Leprosy in India: report of the Leprosy Commission in India, 1890-91
Year: 1890
Disease focus: Leprosy
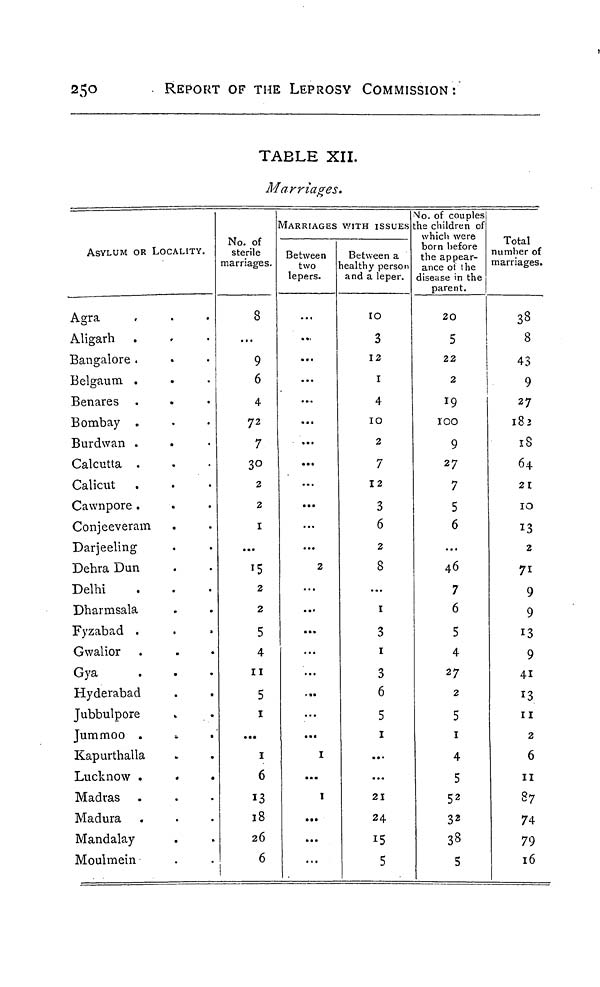
250
REPORT OF THE LEPROSY COMMISSION :
TABLE XII.
Marriages.
ASYLUM OR LOCALITY.
Agra
Aligarh
Bangalore .
Belgaum .
Benares
Bombay .
Burdwan .
Calcutta .
Calicut
Cawnpore .
Conjeeveram
Darjeeling
Dehra Dun
Delhi
Dharmsala
Fyzabad .
Gwalior
Gya
Hyderabad
Jubbulpore
Jummoo .
.
.
Kapurthalla
Lucknow .
Madras .
Madura
Mandalay
Moulmein
No. of
sterile
marriages.
8
...
9
6
4
72
7
30
2
2
1
...
2
2
5
4
11
5
1
...
1
6
13
18
26
6
MARRIAGES WITH ISSUES
Between
two
lepers.
...
..,
...
...
...
...
...
...
...
...
...
...
2
...
...
...
...
...
...
...
1
...
1
...
...
...
Between a
healthy person
and a leper.
10
3
12
1
4
10
2
7
12
3
6
2
8
...
1
3
1
3
6
5
1
...
...
21
24
15
5
No. of couples
the children of
which were
born before
the appear-
ance of the
disease in the
parent.
20
5
22
2
19
100
9
27
7
5
6
...
46
7
6
5
4
27
2
5
1
4
5
52
32
38
5
Total
number of
marriages.
38
8
43
9
27
182
18
64
21
10
13
2
71
9
9
13
9
41
13
11
2
6
11
87
74
79
16